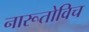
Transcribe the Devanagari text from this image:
नारूतोविच